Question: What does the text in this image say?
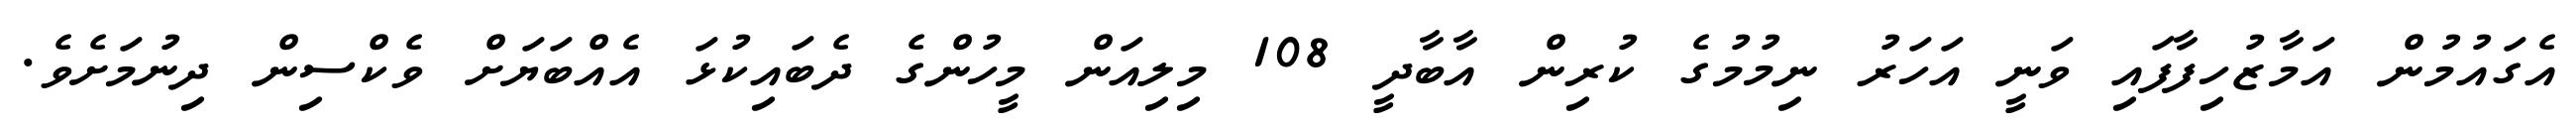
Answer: އެގައުމުން އަމާޒުހިފާފައި ވަނީ އަހަރު ނިމުމުގެ ކުރިން އާބާދީ 108 މިލިއަން މީހުންގެ ދެބައިކުޅަ އެއްބަޔަށް ވެކްސިން ދިނުމަށެވެ.